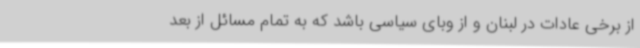
از برخی عادات در لبنان و از وبای سیاسی باشد که به تمام مسائل از بعد